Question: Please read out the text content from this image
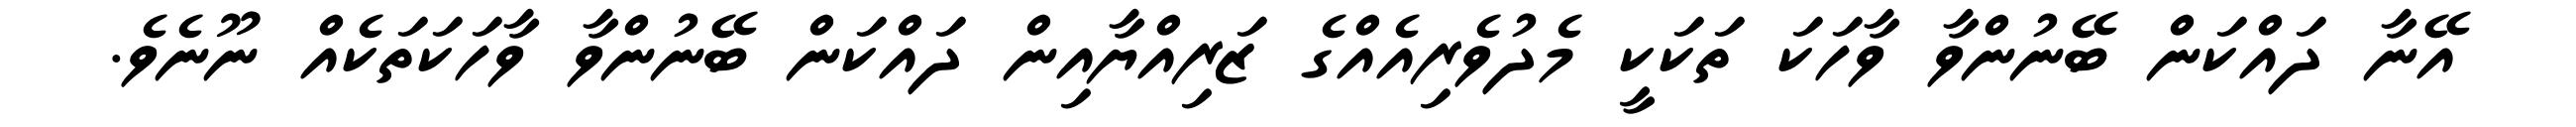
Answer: އޭނާ ދައްކަން ބޭނުންވާ ވާހަކަ ތަކަކީ މެދުވެރިއެއްގެ ޒަރިއްޔާއިން ދައްކަން ބޭނުންވާ ވާހަކަތަކެއް ނޫނެވެ.